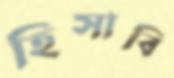
হিসাবি